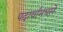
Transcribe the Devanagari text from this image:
पदार्थांमधले